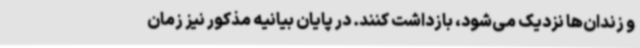
و زندان‌ها نزدیک می‌شود، بازداشت کنند. در پایان بیانیه مذکور نیز زمان